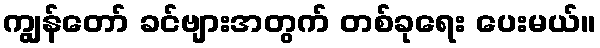
ကျွန်တော် ခင်ဗျားအတွက် တစ်ခုရေး ပေးမယ်။